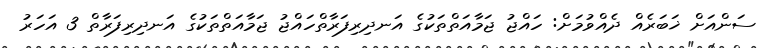
ސަންއަށް ޚަބަރެއް ދެއްވުމަށް: ހައްޖު ޖަމާއަތްތަކުގެ އަނދިރިފަރާތްހައްޖު ޖަމާއަތްތަކުގެ އަނދިރިފަރާތް 3 އަހަރު